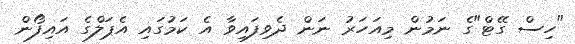
"ހިސް ގޭޓް"ގެ ނަމުން މިއަހަރު ނަން ދެވިފައިވާ އެ ކަމުގައި އެޕަލްގެ އައިފޯން